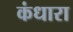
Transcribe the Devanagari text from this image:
कंधारा